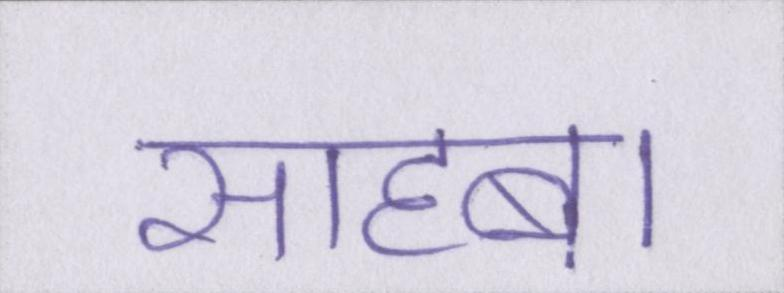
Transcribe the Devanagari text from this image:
साहब।